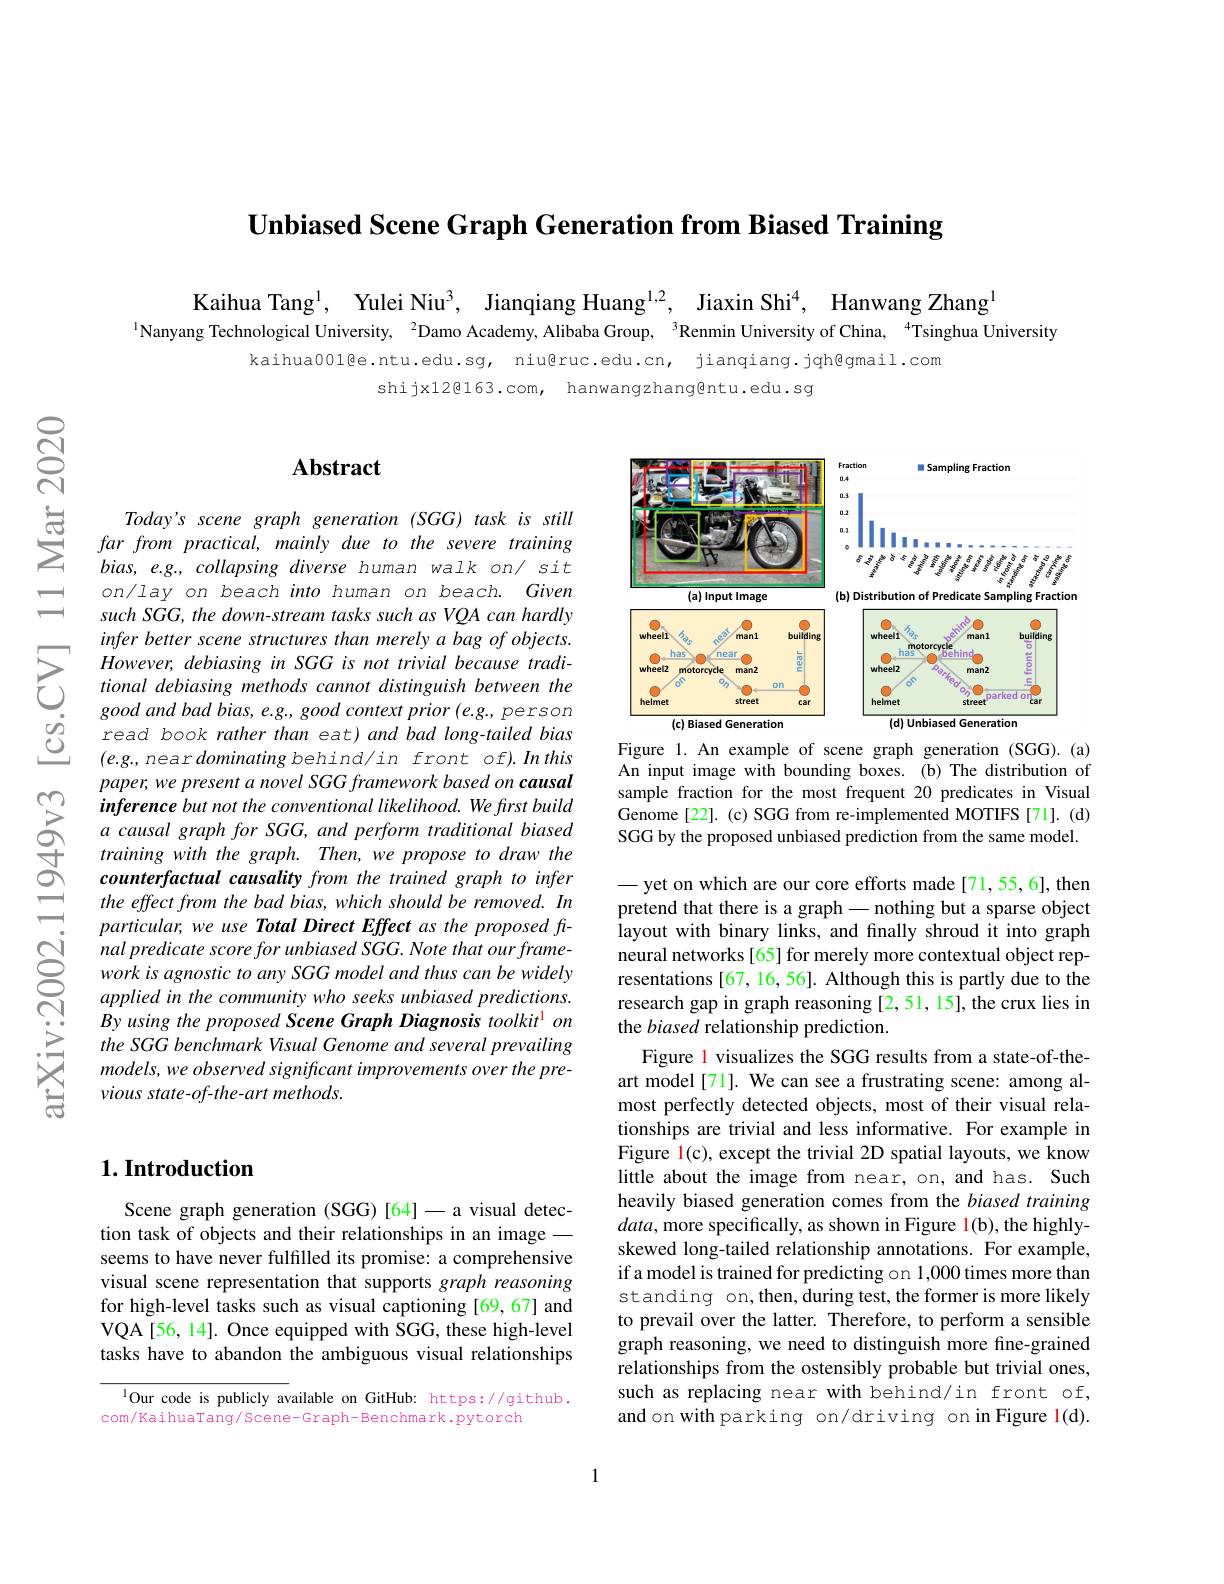
$\textbf{Unbiased Scene Graph Generation from Biased Training}$

Kaihua Tang$^{1}$, Yulei Niu$^{3}$, Jianqiang Huang$^{1,2}$, Jiaxin Shi$^{4}$, Hanwang Zhang$^{1}$
$^{1}$Nanyang Technological University, $^{2}$Damo Academy, Alibaba Group, $^{3}$Renmin University of China, $^{4}$Tsinghua University

kaihua001@e.ntu.edu.sg, niu@ruc.edu.cn, jianqiang.jqh@gmail.com
shijx12@163.com, hanwangzhang@ntu.edu.sg

## $\mathbf{Abstract}$

Today's scene graph generation (SGG) task is still far from practical, mainly due to the severe training bias, e.g., collapsing diverse human walk on/ sit on/lay on beach into human on beach. Given such SGG, the down-stream tasks such as VQA can hardly infer better scene structures than merely a bag of objects. $However,debiasinginSGGisnottrivialbecausetradi-$ tional debiasing methods cannot distinguish between the good and bad bias, e.g., good context prior (e.g., person read book rather than eat) and bad long- tailed bias $(e.g.,neardominating$ behind/in front of).Inthis paper, we present a novel SGG framework based on causal inference but not the conventional likelihood. We first build a causal graph for SGG, and perform traditional biased training with the graph. Then, we propose to draw the counterfactual causality from the trained graph to infer the effect from the bad bias, which should be removed. In particular, we use Total Direct Effect as the proposed final predicate score for unbiased SGG. Note that our framework is agnostic to any SGG model and thus can be widely applied in the community who seeks unbiased predictions. By using the proposed Scene Graph Diagnosis toolkit$^{1}$ on the SGG benchmark Visual Genome and several prevailing models, we observed significant improvements over the previous state-of-the-art methods.

## $1. \textbf{Introduction}$

Scene graph generation (SGG)[64]-a visual detection task of objects and their relationships in an imageseems to have never fulfilled its promise: a comprehensive visual scene representation that supports graph reasoning for high-level tasks such as visual captioning [69,67] and VQA[56, 14]. Once equipped with SGG, these high-level tasks have to abandon the ambiguous visual relationships

lOur code is publicly available on GitHub: https://github.
com/KaihuaTang/Scene-Graph-Benchmark.pytorch

<FigureHere>

Figure 1. An example of scene graph generation (SGG).(a) An input image with bounding boxes.(b) The distribution of sample fraction for the most frequent 20 predicates in Visual Genome[22].(c) SGG from re-implemented MOTIFS[71].(d) SGG by the proposed unbiased prediction from the same model.

— yet on which are our core efforts made[71,55,6], then pretend that there is a graph -nothing but a sparse object layout with binary links, and finally shroud it into graph neural networks[65] for merely more contextual object representations[67,16,56]. Although this is partly due to the research gap in graph reasoning [2,51,15],the crux lies in the biased relationship prediction.
Figure 1 visualizes the SGG results from a state-of-theart model[71]. We can see a frustrating scene: among almost perfectly detected objects, most of their visual relationships are trivial and less informative. For example in Figure l(c), except the trivial 2D spatial layouts, we know little about the image from near, on, and has. Such heavily biased generation comes from the biased training $data$, more specifically, as shown in Figure 1(b), the highlyskewed long-tailed relationship annotations. For example, if a model is trained for predicting on 1,000 times more than standing on,then, during test, the former is more likely to prevail over the latter. Therefore, to perform a sensible graph reasoning, we need to distinguish more fine-grained relationships from the ostensibly probable but trivial ones, such as replacing near with behind/in front of, and on with parking on/driving on in Figure l(d).

1